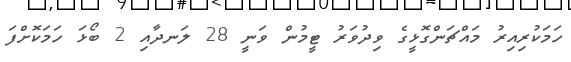
ހަމަކުރިއިރު މައްޗަންގޮޅީގެ ވިދުވަރު ޓީމުން ވަނީ 28 ލަނދާއި 2 ބޯޅަ ހަމަކޮށްފަ